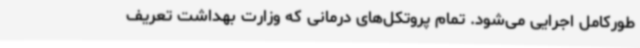
طورکامل اجرایی می‌شود. تمام پروتکل‌های درمانی که وزارت بهداشت تعریف